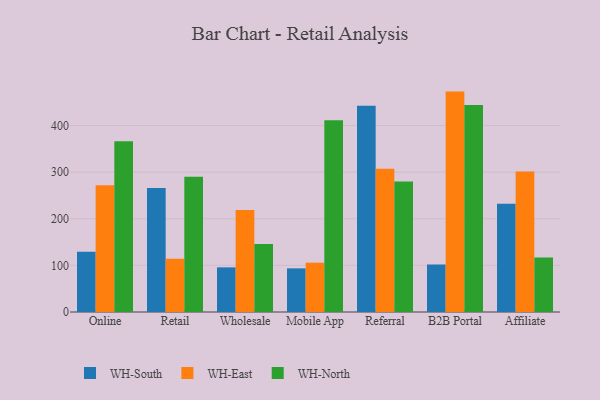
{"axis": {"x": "Channel", "y": "Operating Costs (USD K)"}, "legend": ["WH-East", "WH-North", "WH-South"], "data": [{"x": "Online", "y": 129.4, "type": "WH-South"}, {"x": "Online", "y": 271.8, "type": "WH-East"}, {"x": "Online", "y": 366.1, "type": "WH-North"}, {"x": "Retail", "y": 265.8, "type": "WH-South"}, {"x": "Retail", "y": 114.1, "type": "WH-East"}, {"x": "Retail", "y": 290.1, "type": "WH-North"}, {"x": "Wholesale", "y": 95.8, "type": "WH-South"}, {"x": "Wholesale", "y": 219.0, "type": "WH-East"}, {"x": "Wholesale", "y": 145.9, "type": "WH-North"}, {"x": "Mobile App", "y": 93.6, "type": "WH-South"}, {"x": "Mobile App", "y": 105.8, "type": "WH-East"}, {"x": "Mobile App", "y": 411.3, "type": "WH-North"}, {"x": "Referral", "y": 442.4, "type": "WH-South"}, {"x": "Referral", "y": 307.5, "type": "WH-East"}, {"x": "Referral", "y": 280.0, "type": "WH-North"}, {"x": "B2B Portal", "y": 101.9, "type": "WH-South"}, {"x": "B2B Portal", "y": 472.8, "type": "WH-East"}, {"x": "B2B Portal", "y": 443.9, "type": "WH-North"}, {"x": "Affiliate", "y": 232.4, "type": "WH-South"}, {"x": "Affiliate", "y": 301.3, "type": "WH-East"}, {"x": "Affiliate", "y": 116.9, "type": "WH-North"}]}